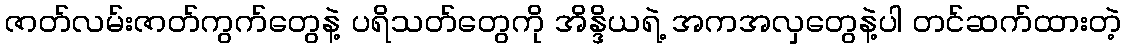
ဇာတ်လမ်းဇာတ်ကွက်တွေနဲ့ ပရိသတ်တွေကို အိန္ဒိယရဲ့ အကအလှတွေနဲ့ပါ တင်ဆက်ထားတဲ့